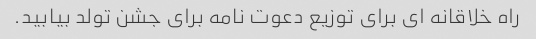
راه خلاقانه ای برای توزیع دعوت نامه برای جشن تولد بیابید.